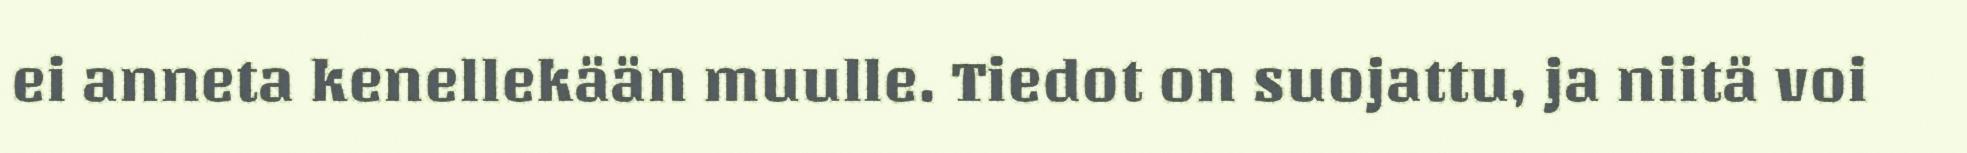
ei anneta kenellekään muulle. Tiedot on suojattu, ja niitä voi